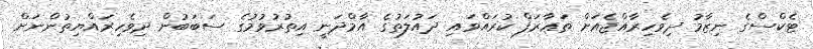
ޓެކްސްގެ ނިޒާމު ދިވެހިރާއްޖެއަށް ތަޢާރަފް ކުރައްވައި ދައުލަތުގެ އާމްދަނީ އިތުރުވުމުގެ ސަބަބުން ދިވެހިރައްޔިތުންނަށް